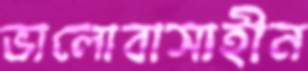
ভালোবাসাহীন